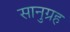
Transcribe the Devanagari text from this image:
सानुग्रह